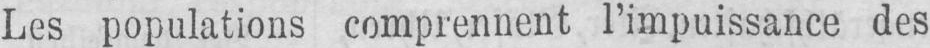
Les populations comprennent l’impuissance des